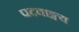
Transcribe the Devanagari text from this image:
पदवाङ्मय